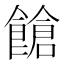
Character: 𩝞